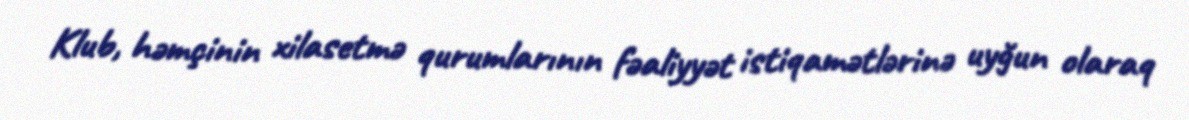
Klub, həmçinin xilasetmə qurumlarının fəaliyyət istiqamətlərinə uyğun olaraq